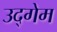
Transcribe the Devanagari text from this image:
उद्गेम